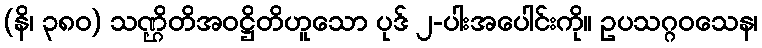
(နိ၊ ၃၈၀) သဏ္ဌိတိအဝဋ္ဌိတိဟူသော ပုဒ် ၂-ပါးအပေါင်းကို။ ဥပသဂ္ဂဝသေန၊